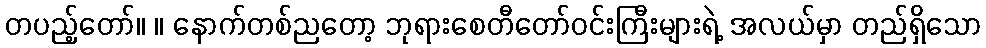
တပည့်တော်။ ။ နောက်တစ်ညတော့ ဘုရားစေတီတော်ဝင်းကြီးများရဲ့ အလယ်မှာ တည်ရှိသော